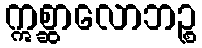
ဣစ္ဆာလောဘဉ္စ